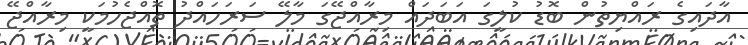
އާދައިގެ ރައްޔިތުން ބޮޑު ކުލީގަ އަބަދައް މިރާއްޖޭގަ މާލޭ ސަރަހައްދު ތޮއްޖެހުމަކީ މިރާއްޖޭ